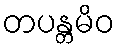
တပန္တမိဝ